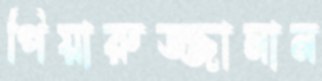
পিয়ারুজ্জামান